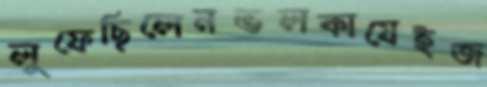
লুফেছিলেনভলকাযেইজ